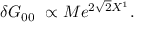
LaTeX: \delta G _ { 0 0 } \ \propto M e ^ { 2 \sqrt 2 X ^ { 1 } } .